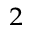
_ 2